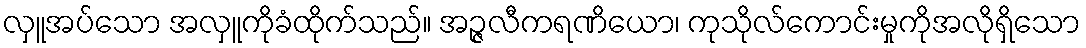
လှူအပ်သော အလှူကိုခံထိုက်သည်။ အဉ္ဇလီကရဏိယော၊ ကုသိုလ်ကောင်းမှုကိုအလိုရှိသော